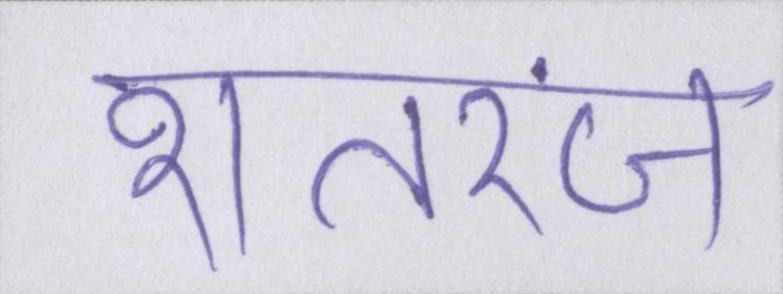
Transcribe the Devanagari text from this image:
शतरंज